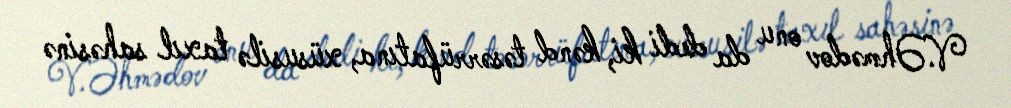
V.Əhmədov onu da dedi ki, kənd təsərrüfatına, xüsusilə taxıl sahəsinə